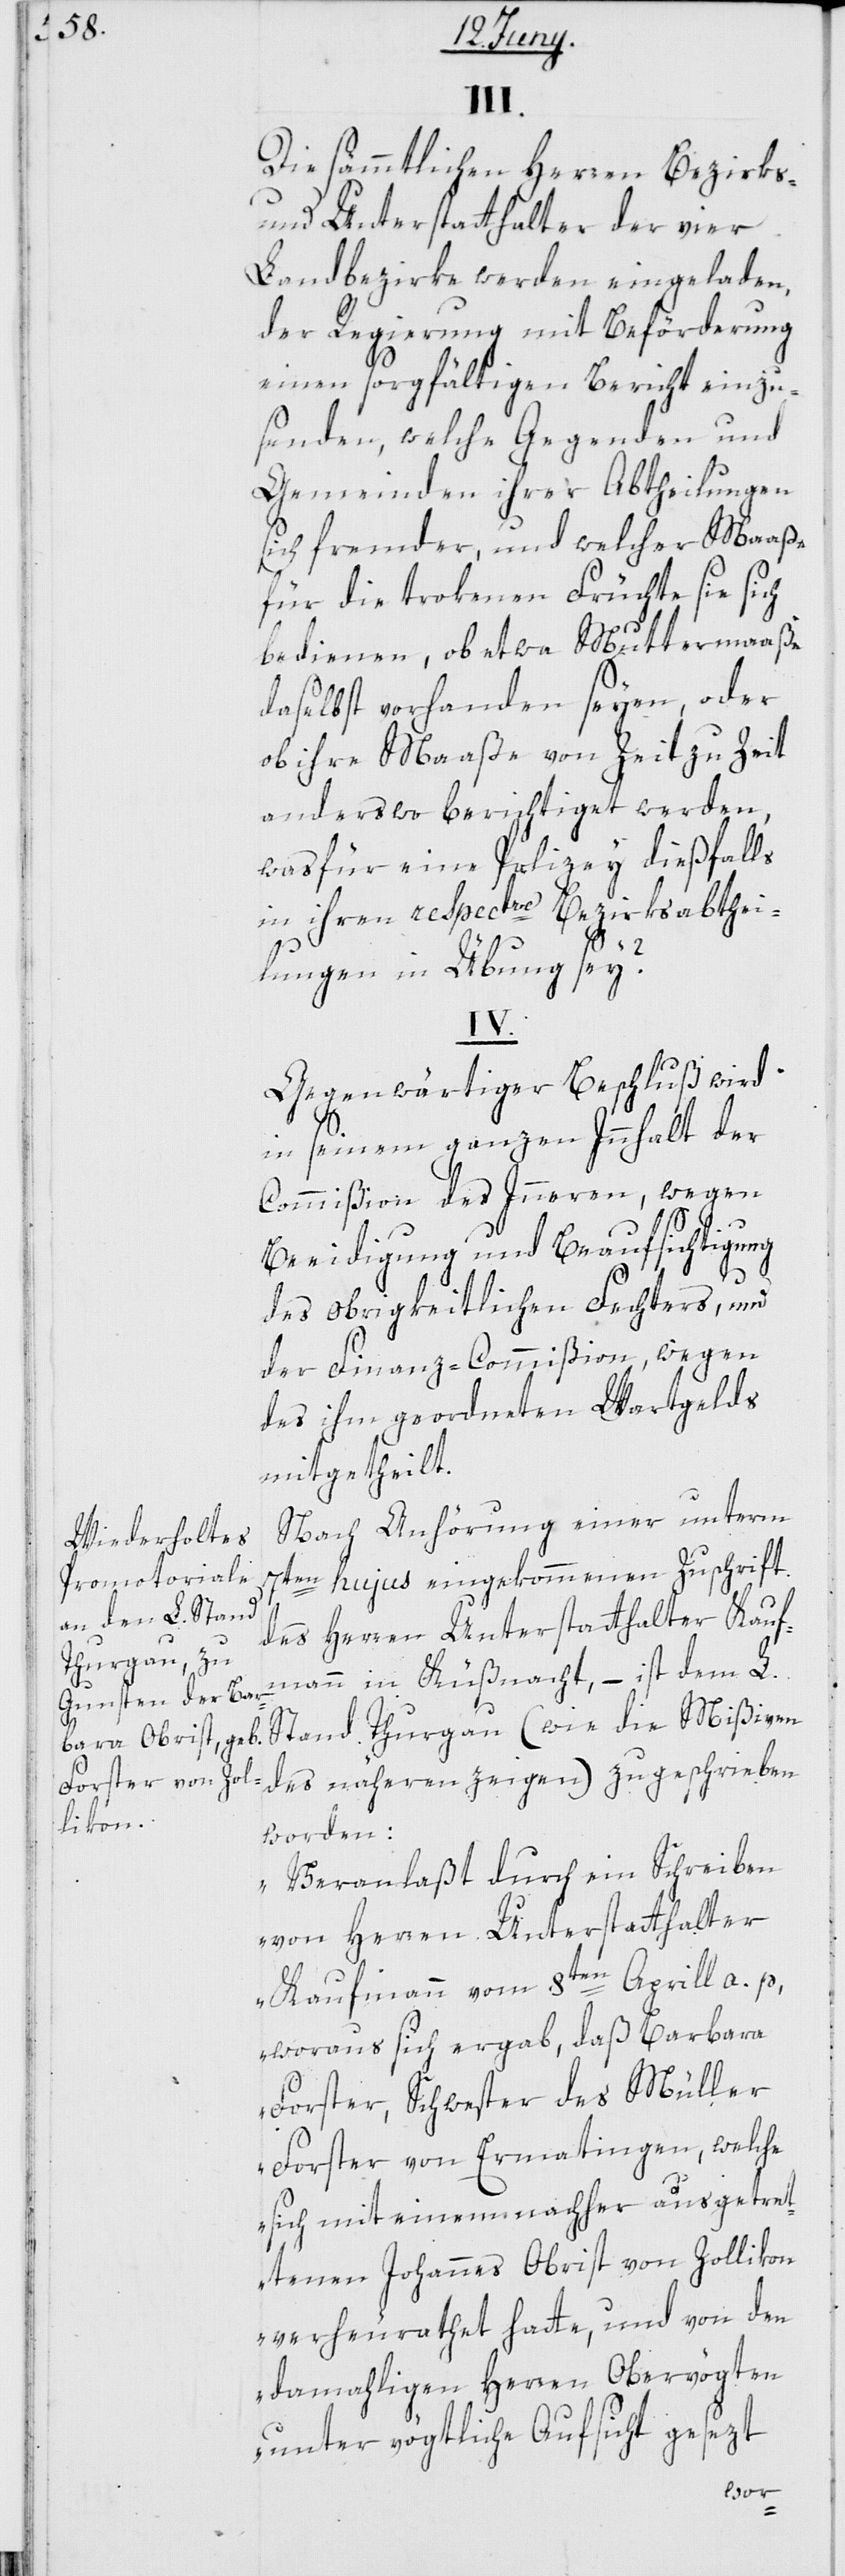
III.
Die sämmtlichen Herren Bezirks-
und Unterstatthalter der vier
Landbezirke werden eingeladen,
der Regierung mit Beförderung
einen sorgfältigen Bericht einzu¬
senden, welche Gegenden und
Gemeinden ihrer Abtheilungen
sich fremder, und welcher Maaße
für die trokenen Früchte sie sich
bedienen, ob etwa Muttermaaße
daselbst vorhanden seyen, oder
ob ihre Maaße von Zeit zu Zeit
anderswo berichtiget werden,
was für eine Polizey dießfalls
in ihren respectve Bezirksabthei¬
lungen in Übung sey?
IV.
Gegenwärtiger Beschluß wird
in seinem ganzen Innhalt der
Commißion des Innern, wegen
Beeidigung und Beaufsichtigung
des obrigkeitlichen Fechters, und
der Finanz-Commißion, wegen
des ihm geordneten Wartgelds
mitgetheilt.
Nach Anhörung einer unterm
7ten hujus eingekommenen Zuschrift
des Herren Unterstatthalter Kauf¬
mann in Küßnacht, – ist dem L.
Stand Thurgau (wie die Mißiven
des nähern zeigen) zugeschrieben
worden:
„Veranlaßt durch ein Schreiben
von Herren Unterstatthalter
en Aprill a. p,
Kaufmann vom 8t¬
woraus sich ergab, daß Barbara
Forster, Schwester des Müller
Forster von Ermatingen, welche
sich mit einem nachher ausgetret¬
tenen Johannes Obrist von Zollikon
verheurathet hatte, und von den
damahligen Herren Obervögten
unter vögtliche Aufsicht gesezt